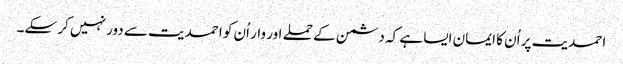
احمدیت پر اُن کا ایمان ایسا ہے کہ دشمن کے حملے اور وار اُن کو احمدیت سے دور نہیں کر سکے۔